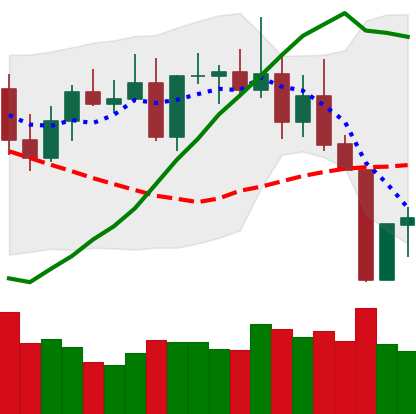
Ticker: TRX-USD
Chart end date: 2022-08-21
Forward return: -6.57%
Label: down_5_7